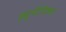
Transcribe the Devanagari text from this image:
ह्यूमैनिज्म।